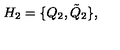
H _ { 2 } = \{ Q _ { 2 } , \tilde { Q } _ { 2 } \} ,